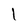
Character: l